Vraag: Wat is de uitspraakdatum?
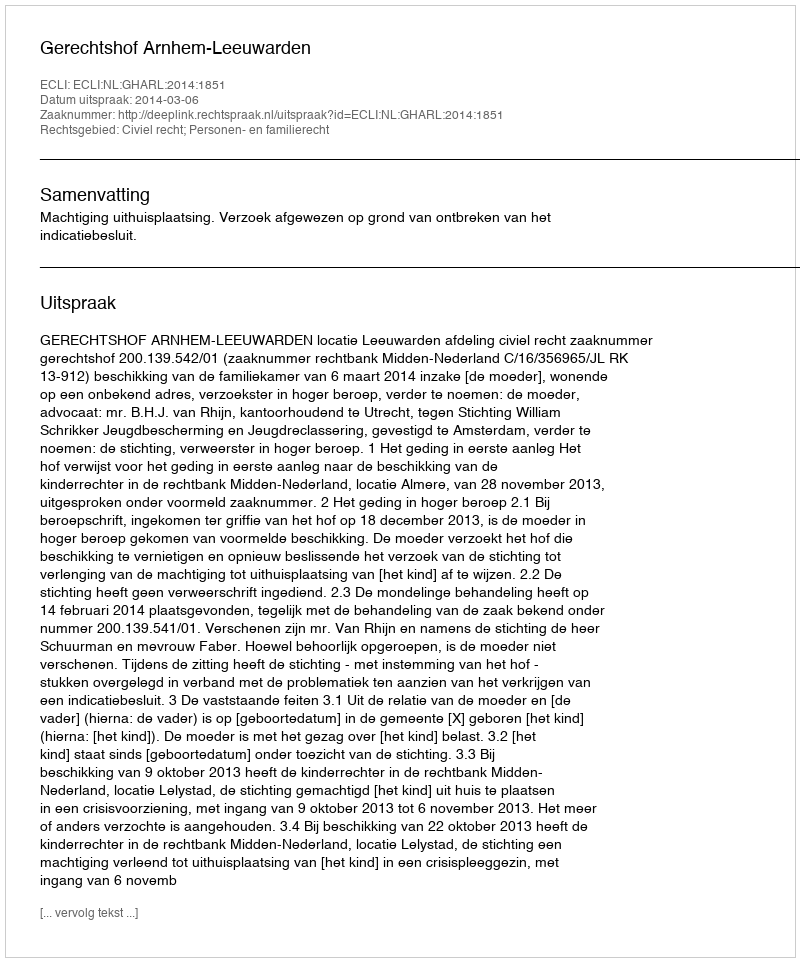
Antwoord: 2014-03-06